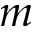
m